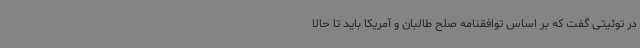
در توئیتی گفت که بر اساس توافقنامه صلح طالبان و آمریکا باید تا حالا